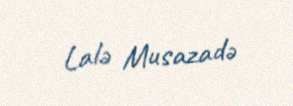
Lalə Musazadə